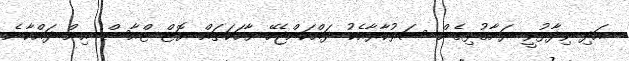
އަދި ވިދާޅުވީ ރަށާގުޅިގެން ސަރުކާރާއެކު ދައްކަންޖެހޭ ވާހަކަތައް ޔޮޓް ޓްއާސް އިން ދައްކާނެ